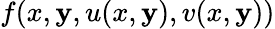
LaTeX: f(x,\mathbf{y},u(x,\mathbf{y}),v(x,\mathbf{y}))